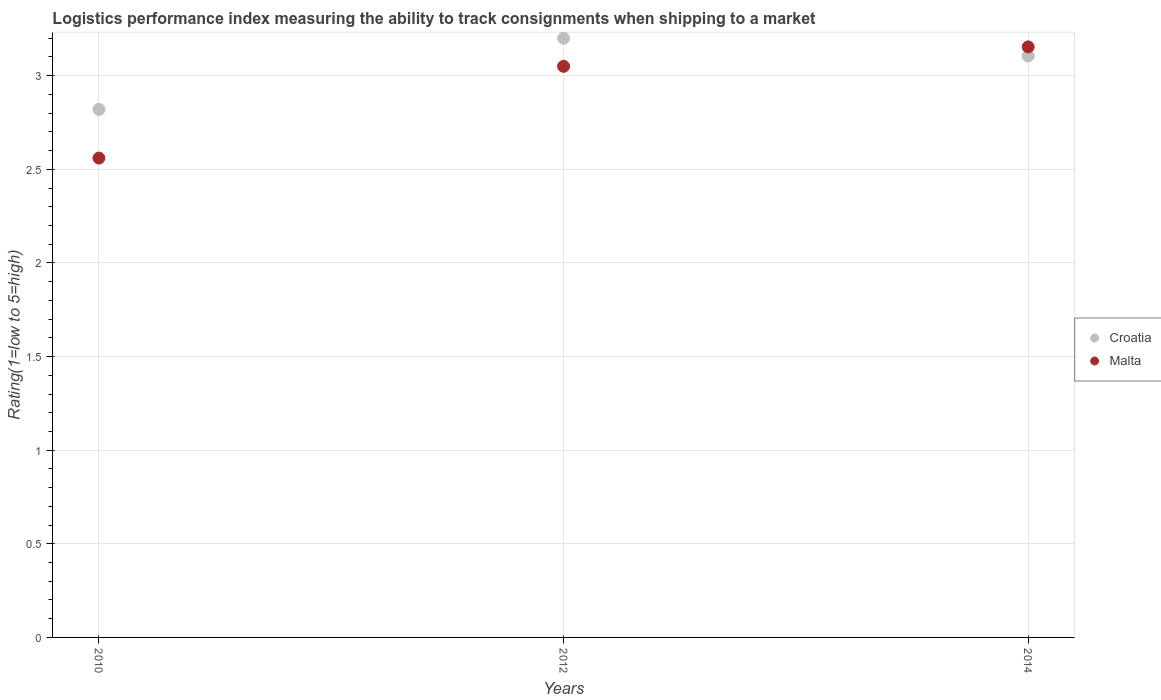
| Years | Croatia | Malta |
 | --- | --- | --- |
 | 2010 | 2.82 | 2.56 |
 | 2012 | 3.2 | 3.05 |
 | 2014 | 3.11 | 3.15 |